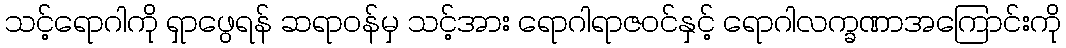
သင့်ရောဂါကို ရှာဖွေရန် ဆရာဝန်မှ သင့်အား ရောဂါရာဇဝင်နှင့် ရောဂါလက္ခဏာအကြောင်းကို